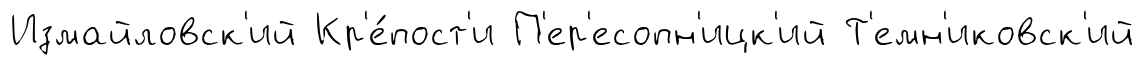
Измайловск'ий Кр'е́пост'и П'ер'есопн'ицк'ий Т'емн'иковск'ий